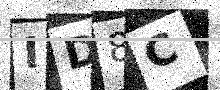
Text: ID8C